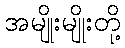
အမျိုးမျိုးတို့